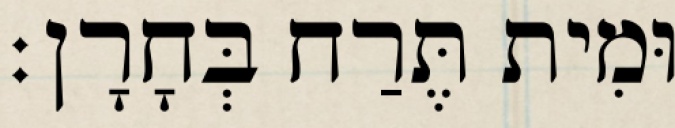
וּמִית תֶּרַח בְּחָרָן׃